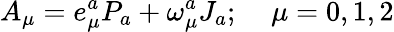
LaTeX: A_{\mu}=e_{\mu}^{a}P_{a}+\omega_{\mu}^{a}J_{a};\; \; \; \; \mu=0,1,2